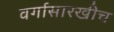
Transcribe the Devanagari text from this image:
वर्गासारखीच